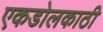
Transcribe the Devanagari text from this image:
एकडोलकाठी